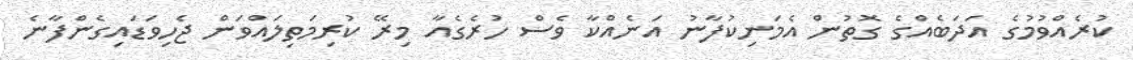
ކުރެއްވުމުގެ އަދަބެއްގެ ގޮތުން އެމަނިކުފާނު އަނެއްކާ ވެސް ހުރެގެއާ މިރޭ ކުރިމަތިލައްވަން ޖެހިވަޑައިގެންފާނެ